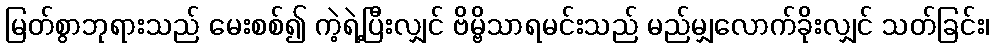
မြတ်စွာဘုရားသည် မေးစစ်၍ ကဲ့ရဲ့ပြီးလျှင် ဗိမ္ဗိသာရမင်းသည် မည်မျှလောက်ခိုးလျှင် သတ်ခြင်း၊